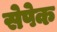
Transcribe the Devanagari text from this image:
सेपेक